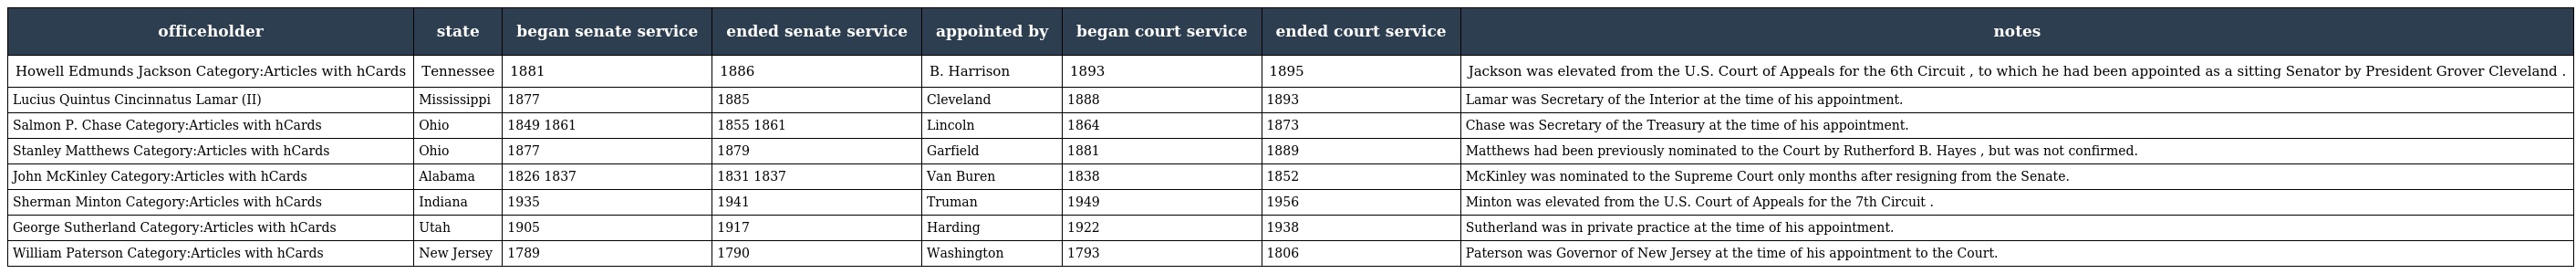
| officeholder | state | began senate service | ended senate service | appointed by | began court service | ended court service | notes |
 | --- | --- | --- | --- | --- | --- | --- | --- |
 | Howell Edmunds Jackson Category:Articles with hCards | Tennessee | 1881 | 1886 | B. Harrison | 1893 | 1895 | Jackson was elevated from the U.S. Court of Appeals for the 6th Circuit , to which he had been appointed as a sitting Senator by President Grover Cleveland . |
 | Lucius Quintus Cincinnatus Lamar (II) | Mississippi | 1877 | 1885 | Cleveland | 1888 | 1893 | Lamar was Secretary of the Interior at the time of his appointment. |
 | Salmon P. Chase Category:Articles with hCards | Ohio | 1849 1861 | 1855 1861 | Lincoln | 1864 | 1873 | Chase was Secretary of the Treasury at the time of his appointment. |
 | Stanley Matthews Category:Articles with hCards | Ohio | 1877 | 1879 | Garfield | 1881 | 1889 | Matthews had been previously nominated to the Court by Rutherford B. Hayes , but was not confirmed. |
 | John McKinley Category:Articles with hCards | Alabama | 1826 1837 | 1831 1837 | Van Buren | 1838 | 1852 | McKinley was nominated to the Supreme Court only months after resigning from the Senate. |
 | Sherman Minton Category:Articles with hCards | Indiana | 1935 | 1941 | Truman | 1949 | 1956 | Minton was elevated from the U.S. Court of Appeals for the 7th Circuit . |
 | George Sutherland Category:Articles with hCards | Utah | 1905 | 1917 | Harding | 1922 | 1938 | Sutherland was in private practice at the time of his appointment. |
 | William Paterson Category:Articles with hCards | New Jersey | 1789 | 1790 | Washington | 1793 | 1806 | Paterson was Governor of New Jersey at the time of his appointment to the Court. |